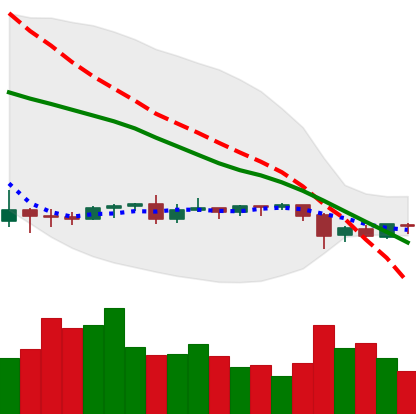
Ticker: ETC-USD
Chart end date: 2020-09-25
Forward return: 8.161%
Label: up_7plus